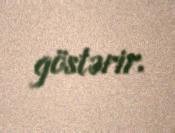
göstərir.